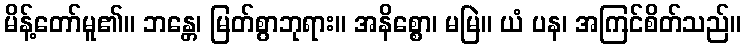
မိန့်တော်မူ၏။ ဘန္တေ၊ မြတ်စွာဘုရား။ အနိစ္စော၊ မမြဲ။ ယံ ပန၊ အကြင်စိတ်သည်။